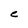
Character: C